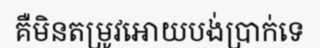
គឺមិនតម្រូវអោយបង់ប្រាក់ទេ